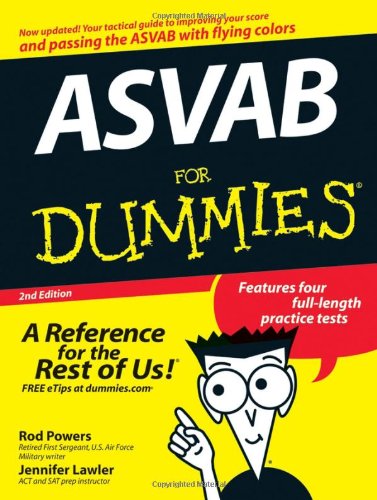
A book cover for ASVAB For Dummies; Rod Powers; Test Preparation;